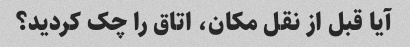
آیا قبل از نقل مکان، اتاق را چک کردید؟